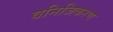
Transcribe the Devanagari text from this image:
वनिजिकरण